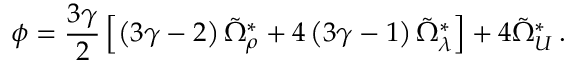
\phi = \frac { 3 \gamma } { 2 } \left[ \left( 3 \gamma - 2 \right) \tilde { \Omega } _ { \rho } ^ { \ast } + 4 \left( 3 \gamma - 1 \right) \tilde { \Omega } _ { \lambda } ^ { \ast } \right] + 4 \tilde { \Omega } _ { \cal U } ^ { \ast } \, .